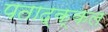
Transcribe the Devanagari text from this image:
पताद्क्कल